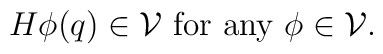
H\phi(q)\in{\cal V} \mbox{ for any } \phi\in{\cal V}.